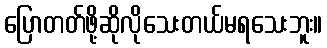
ပြောတတ်ဖို့ဆိုလိုသေးတယ်မရသေးဘူး။